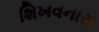
શિખવનારા